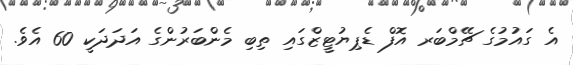
އެ ގައުމުގެ ޗޭމްބަރ އޮފް ޑެޕިޔުޓީޒްގައި ތިބި މެންބަރުންގެ އަދަދަކީ 60 އެވެ.